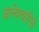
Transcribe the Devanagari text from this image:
ज्ञानेश्‍वरीचे